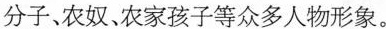
分子、农奴、农家孩子等众多人物形象。